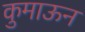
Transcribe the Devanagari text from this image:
कुमाऊन